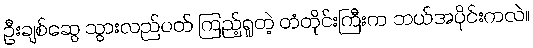
ဦးချစ်ဆွေ သွားလည်ပတ် ကြည့်ရှုတဲ့ တံတိုင်းကြီးက ဘယ်အပိုင်းကလဲ။